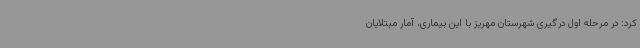
کرد: در مرحله اول درگیری شهرستان مهریز با این بیماری، آمار مبتلایان